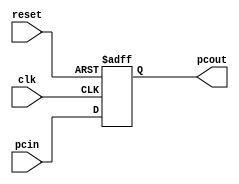
module pc(clk, reset, pcin, pcout);
  input clk, reset;
  input [29:0] pcin;
  output [29:0] pcout;
  
  reg [29:0] temp;
  
  assign pcout = temp;
  
  always@ (posedge clk, posedge reset)
  begin
    if(reset) temp = 30'h0000_0c00;
    else temp = pcin;
  end
endmodule